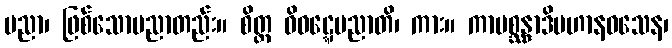
ပညာ၊ ဖြစ်သောပညာတည်း။ စိတ္ထ ဝိဝဋ္ဋေပညာတိ၊ ကား။ ကာမစ္ဆန္ဒာဒိပဟာနဝသေန၊